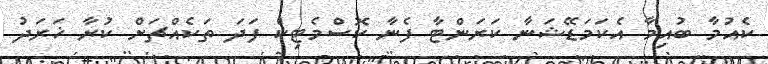
ކެއުމާ ބުއިމާ އެކަމަޑޭޝަނާ ކަރަންޓާ ފެނާ ކޮސްމެޓިކް ފަދަ ތަކެއްޗަށް ކުރާ ޚަރަދު